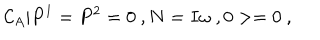
{ \cal C } _ { A } | P ^ { 1 } = P ^ { 2 } = 0 \ , N = I \omega \ , 0 > = 0 \ ,